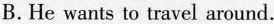
B.He wants to travel around.